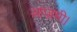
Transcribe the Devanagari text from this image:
आज़मी।